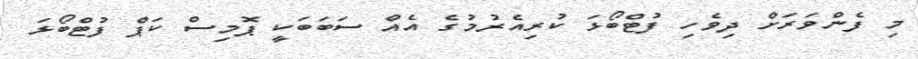
މި ފެންވަރަށް ދިވެހި ފުޓްބޯޅަ ކުރިއެރުމުގެ އެއް ސަބަބަކީ ޕޮމިސް ކަޕް ފުޓްބޯޅަ